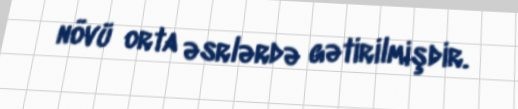
növü orta əsrlərdə gətirilmişdir.